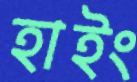
হাইং